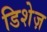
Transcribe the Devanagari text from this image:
डिशेज़